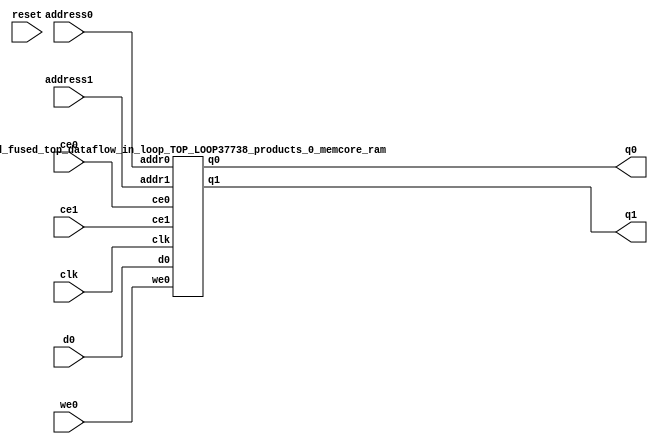
`define EXPONENT 5
`define MANTISSA 10
`define ACTUAL_MANTISSA 11
`define EXPONENT_LSB 10
`define EXPONENT_MSB 14
`define MANTISSA_LSB 0
`define MANTISSA_MSB 9
`define MANTISSA_MUL_SPLIT_LSB 3
`define MANTISSA_MUL_SPLIT_MSB 9
`define SIGN 1
`define SIGN_LOC 15
`define DWIDTH (`SIGN+`EXPONENT+`MANTISSA)
`define IEEE_COMPLIANCE 1

module td_fused_top_dataflow_in_loop_TOP_LOOP37738_products_0_memcore(
    reset,
    clk,
    address0,
    ce0,
    we0,
    d0,
    q0,
    address1,
    ce1,
    q1);

parameter DataWidth = 32'd16;
parameter AddressRange = 32'd144;
parameter AddressWidth = 32'd8;
input reset;
input clk;
input[AddressWidth - 1:0] address0;
input ce0;
input we0;
input[DataWidth - 1:0] d0;
output[DataWidth - 1:0] q0;
input[AddressWidth - 1:0] address1;
input ce1;
output[DataWidth - 1:0] q1;



td_fused_top_dataflow_in_loop_TOP_LOOP37738_products_0_memcore_ram td_fused_top_dataflow_in_loop_TOP_LOOP37738_products_0_memcore_ram_U(
    .clk( clk ),
    .addr0( address0 ),
    .ce0( ce0 ),
    .we0( we0 ),
    .d0( d0 ),
    .q0( q0 ),
    .addr1( address1 ),
    .ce1( ce1 ),
    .q1( q1 )
);

endmodule
module td_fused_top_dataflow_in_loop_TOP_LOOP37738_products_0_memcore_ram (addr0, ce0, d0, we0, q0, addr1, ce1, q1,  clk);

parameter DWIDTH = 16;
parameter AWIDTH = 8;
parameter MEM_SIZE = 144;

input[AWIDTH-1:0] addr0;
input ce0;
input[DWIDTH-1:0] d0;
input we0;
output reg[DWIDTH-1:0] q0;
input[AWIDTH-1:0] addr1;
input ce1;
output reg[DWIDTH-1:0] q1;
input clk;

reg [DWIDTH-1:0] ram[MEM_SIZE-1:0];




always @(posedge clk)  
begin 
    if (ce0) begin
        if (we0) 
            ram[addr0] <= d0; 
        q0 <= ram[addr0];
    end
end


always @(posedge clk)  
begin 
    if (ce1) begin
        q1 <= ram[addr1];
    end
end


endmodule